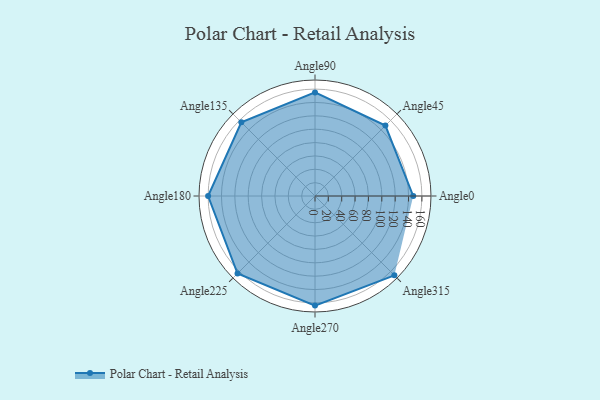
{"axis": {"x": "Angle", "y": "Radius"}, "legend": [""], "data": [{"x": "Angle0", "y": 147.0, "type": ""}, {"x": "Angle45", "y": 149.0, "type": ""}, {"x": "Angle90", "y": 155.0, "type": ""}, {"x": "Angle135", "y": 156.0, "type": ""}, {"x": "Angle180", "y": 160.0, "type": ""}, {"x": "Angle225", "y": 164.0, "type": ""}, {"x": "Angle270", "y": 164.0, "type": ""}, {"x": "Angle315", "y": 168.0, "type": ""}]}